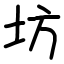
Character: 坊